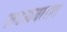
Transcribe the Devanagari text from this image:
लटकवतात